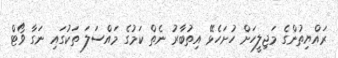
ރައްޔިތުންގެ މަޖިލީހަށް ހުށަހެޅޭ އިތުބާރު ނެތް ކަމުގެ މައްސަލަ ތަކުގައި ނަގާ ވޯޓް